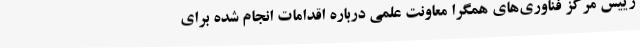
رییس مرکز فناوری‌های همگرا معاونت علمی درباره اقدامات انجام شده برای